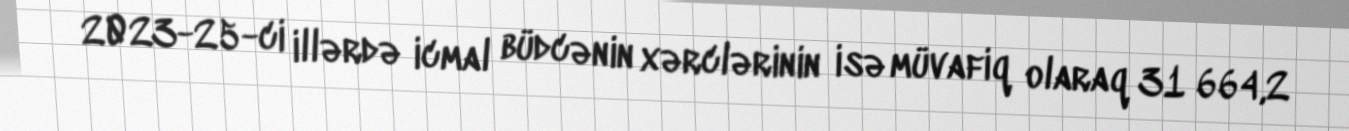
2023-25-ci illərdə icmal büdcənin xərclərinin isə müvafiq olaraq 31 664,2